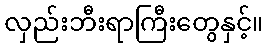
လှည်းဘီးရာကြီးတွေနှင့်။